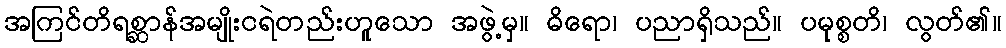
အကြင်တိရစ္ဆာန်အမျိုးငရဲတည်းဟူသော အဖွဲ့မှ။ ဓိရော၊ ပညာရှိသည်။ ပမုစ္စတိ၊ လွတ်၏။